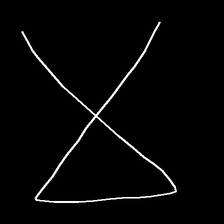
Glyph: collection